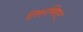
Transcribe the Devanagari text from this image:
तिरुम्बिपार